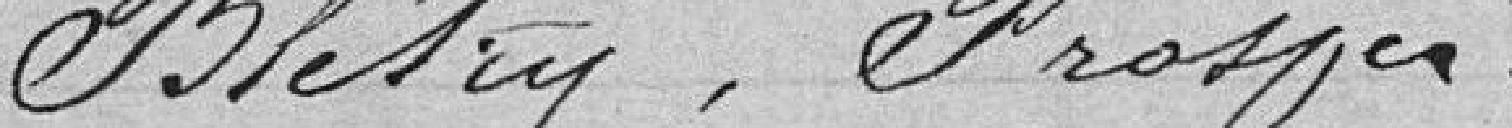
Blétry, Prosper